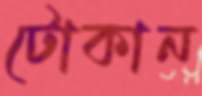
টোকান